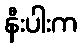
နီးပါးက